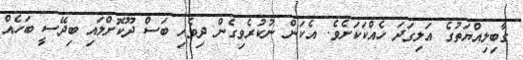
ގާބިލިއްޔަތުގެ އަލިގަދަ ހެއްކަކަށެވެ. އެކަން ނުކުރެވިގެން ދިވެހި ބަސް ދޫކޮށްލައި ބިދޭސީ ބަހެއް